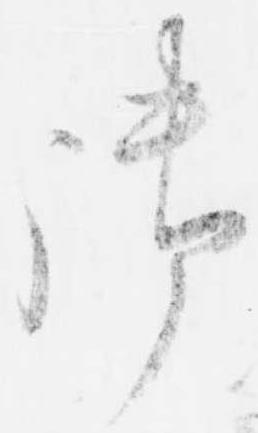
御